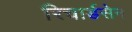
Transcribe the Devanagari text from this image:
रिचार्डसेन